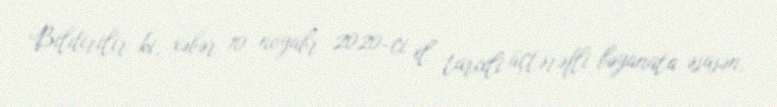
Bildirilir ki, xəbər 10 noyabr 2020-ci il tarixli üçtərəfli bəyanata əsasən,